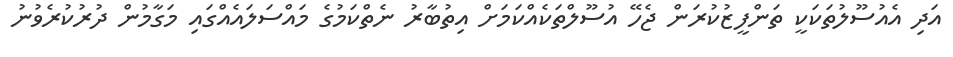
އަދި އެއުސޫލުތަކަކީ ތަންފީޒުކުރަން ޖެހޭ އުސޫލްތަކެއްކަމަށް އިތުބާރު ނެތްކަމުގެ މައްސަލައެއްގައި މަގާމުން ދުރުކުރެވުނު